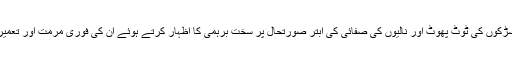
وزیراعلیٰ نے سڑکوں کی ٹوٹ پھوٹ اور نالیوں کی صفائی کی ابتر صورتحال پر سخت برہمی کا اظہار کرتے ہوئے ان کی فوری مرمت اور تعمیر کی ہدایت کی۔